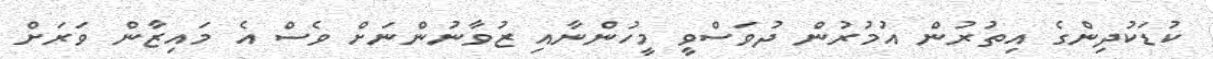
ކުޑަކުދިންގެ އިތުރުން އުމުރުން ދުވަސްވީ މީހުންނާއި ޒުވާނުންނަށް ވެސް އެ މައިޒާން ވަރަށް